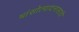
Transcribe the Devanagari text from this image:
मांसोत्पादनासाठी